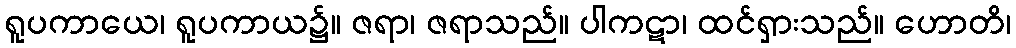
ရူပကာယေ၊ ရူပကာယ၌။ ဇရာ၊ ဇရာသည်။ ပါကဋာ၊ ထင်ရှားသည်။ ဟောတိ၊